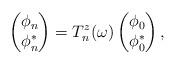
LaTeX: \begin{align*}\left(\begin{matrix}\phi_{n}\\\phi_{n}^*\end{matrix}\right)=T_n^z(\omega)\left(\begin{matrix}\phi_0\\\phi_0^*\end{matrix}\right),\end{align*}